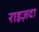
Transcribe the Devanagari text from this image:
राइज़दा